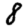
Digit: 8